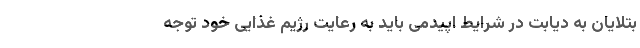
بتلایان به دیابت در شرایط اپیدمی باید به رعایت رژیم غذایی خود توجه